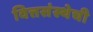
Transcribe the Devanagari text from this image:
वित्तसंस्थेची